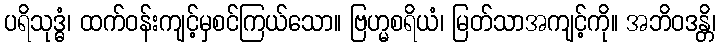
ပရိသုဒ္ဓံ၊ ထက်ဝန်းကျင့်မှစင်ကြယ်သော။ ဗြဟ္မစရိယံ၊ မြတ်သာအကျင့်ကို။ အဘိဝဒန္တိ၊